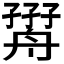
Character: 𦩧